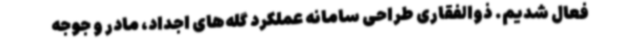
فعال شدیم. ذوالفقاری طراحی سامانه عملکرد گله‌های اجداد، مادر و جوجه